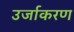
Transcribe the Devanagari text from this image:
उर्जाकरण